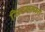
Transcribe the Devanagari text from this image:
सिरसमार्ग